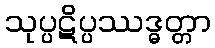
သုပ္ပဋိပ္ပဿဒ္ဓတ္တာ